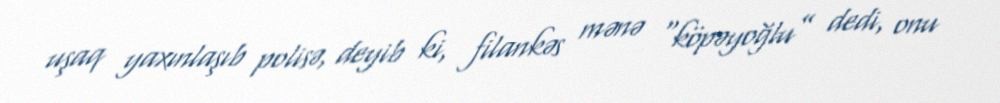
uşaq yaxınlaşıb polisə, deyib ki, filankəs mənə “köpəyoğlu” dedi, onu